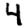
Digit: 4